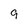
Character: 9